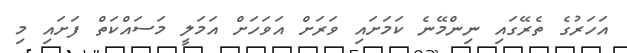
އަހަރުގެ ތެރޭގައި ނިންމޭނެ ކަމަށައި ވަރަށް އަވަހަށް އަމަލީ މަސައްކަތް ފަށައި މި